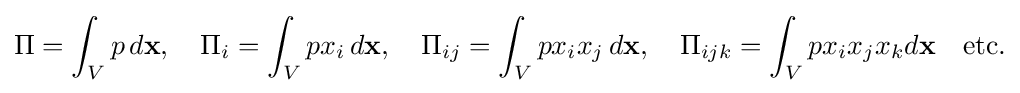
\Pi =\int _{V}p\,d\mathbf {x} ,\quad \Pi _{i}=\int _{V}px_{i}\,d\mathbf {x} ,\quad \Pi _{ij}=\int _{V}px_{i}x_{j}\,d\mathbf {x} ,\quad \Pi _{ijk}=\int _{V}px_{i}x_{j}x_{k}d\mathbf {x} \quad {\text{etc.}}